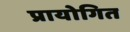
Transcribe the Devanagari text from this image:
प्रायोगित